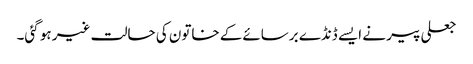
جعلی پیر نے ایسے ڈنڈے برسائےکے خاتون کی حالت غیر ہو گئی۔